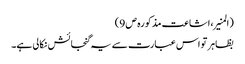
(المنیر،اشاعت مذکورہ ص 9)
بظاہر تو اس عبارت سے یہ گنجائش نکالی ہے۔